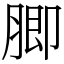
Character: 䐚